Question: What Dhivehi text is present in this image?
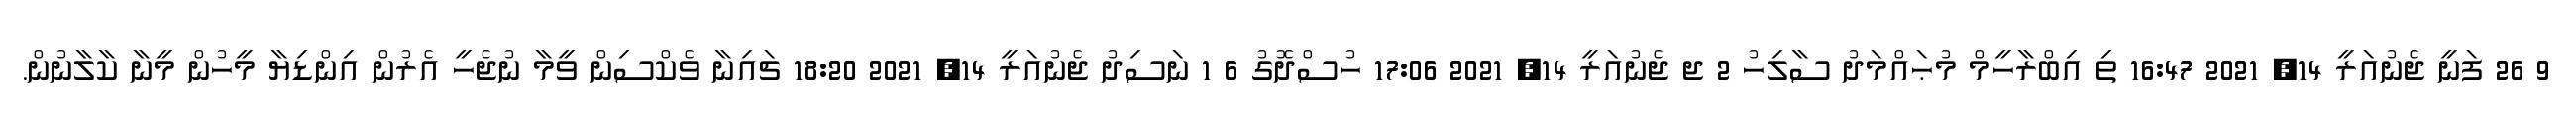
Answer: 9 26 ފަނީ ޖެނުއަރީ 14, 2021 16:47 ތި އިބްރާހީމް މުޙައްމަދު ސާލިހު 2 ޖ ޖެނުއަރީ 14, 2021 17:06 ހުސްދޮގު 6 1 ނަސިދު ޖެނުއަރީ 14, 2021 18:20 ޗައިނާ ވެކްސިން ވީމާ ނުޖެހީ އެރުން އިންޑިޔާ މީހުން މީނާ ކާލާނުން.